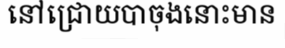
នៅជ្រោយបាចុងនោះមាន